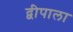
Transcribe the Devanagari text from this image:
द्वीपाला